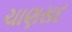
ચાણસદ